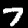
Label: 7